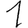
Digit: 1